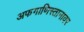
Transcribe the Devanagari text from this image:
अफगाणिस्तानावर